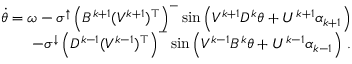
\begin{array} { r } { \dot { \theta } = \omega - \sigma ^ { \uparrow } \left( B ^ { k + 1 } ( V ^ { k + 1 } ) ^ { \top } \right) ^ { - } \sin \left( V ^ { k + 1 } D ^ { k } \theta + U ^ { k + 1 } \alpha _ { k + 1 } \right) } \\ { - \sigma ^ { \downarrow } \left( D ^ { k - 1 } ( V ^ { k - 1 } ) ^ { \top } \right) ^ { - } \sin \left( V ^ { k - 1 } B ^ { k } \theta + U ^ { k - 1 } \alpha _ { k - 1 } \right) \, . } \end{array}